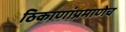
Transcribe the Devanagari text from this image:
ठिकाणांप्रमाणेच